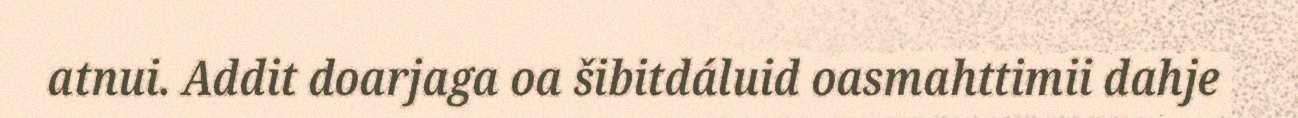
atnui. Addit doarjaga oa šibitdáluid oasmahttimii dahje